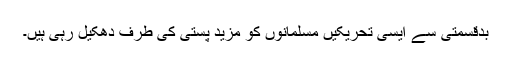
بدقسمتی سے ایسی تحریکیں مسلمانوں کو مزید پستی کی طرف دھکیل رہی ہیں۔